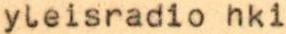
yleisradio hki